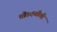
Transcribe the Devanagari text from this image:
घोडदळीची